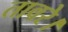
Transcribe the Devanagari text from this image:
तावरे।